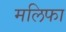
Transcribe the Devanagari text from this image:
मलिफा